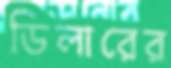
ডিলারের